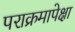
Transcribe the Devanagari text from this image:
पराक्रमापेक्षा